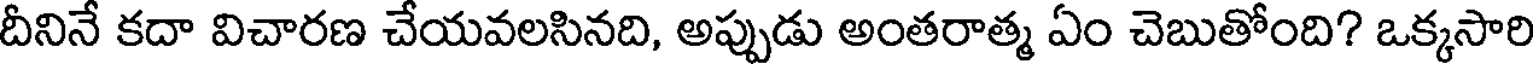
దీనినే కదా విచారణ చేయవలసినది, అప్పుడు అంతరాత్మ ఏం చెబుతోంది? ఒక్కసారి